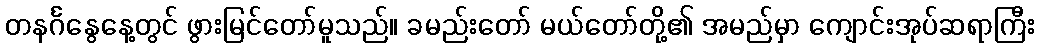
တနင်္ဂနွေနေ့တွင် ဖွားမြင်တော်မူသည်။ ခမည်းတော် မယ်တော်တို့၏ အမည်မှာ ကျောင်းအုပ်ဆရာကြီး